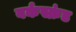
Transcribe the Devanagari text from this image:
बर्कस्क्रंड